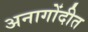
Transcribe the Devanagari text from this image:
अनागोंदीत